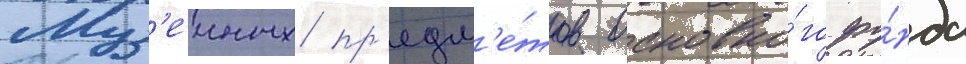
Муз'еиных пр'едм'е́тов основно́го фо́нда